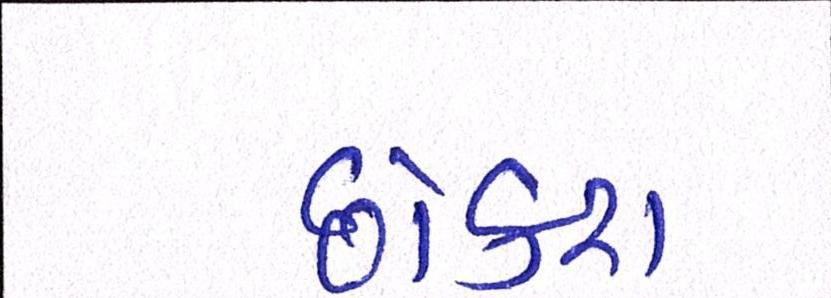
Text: છોકરા